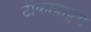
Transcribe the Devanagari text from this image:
टीकावाङ्मय